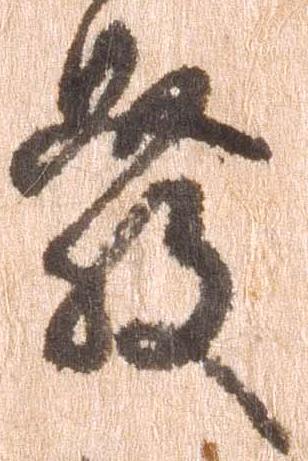
発